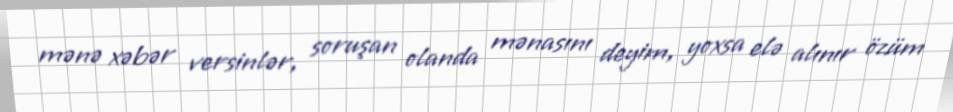
mənə xəbər versinlər, soruşan olanda mənasını deyim, yoxsa elə alınır özüm